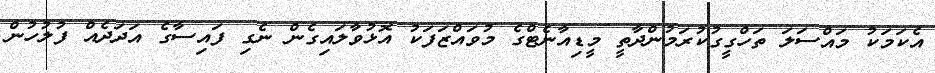
އެކަމަކު މައްސަލަ ތަހްގީގުކުރަމުންދާތީ މީޑިއާނެޓްގެ މުވައްޒަފަކު އޮޅުވާލައިގެން ނެގި ފައިސާގެ އަދަދެއް ފުލުހުން